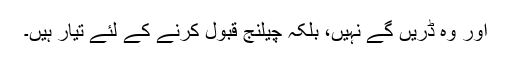
اور وہ ڈریں گے نہیں، بلکہ چیلنج قبول کرنے کے لئے تیار ہیں۔